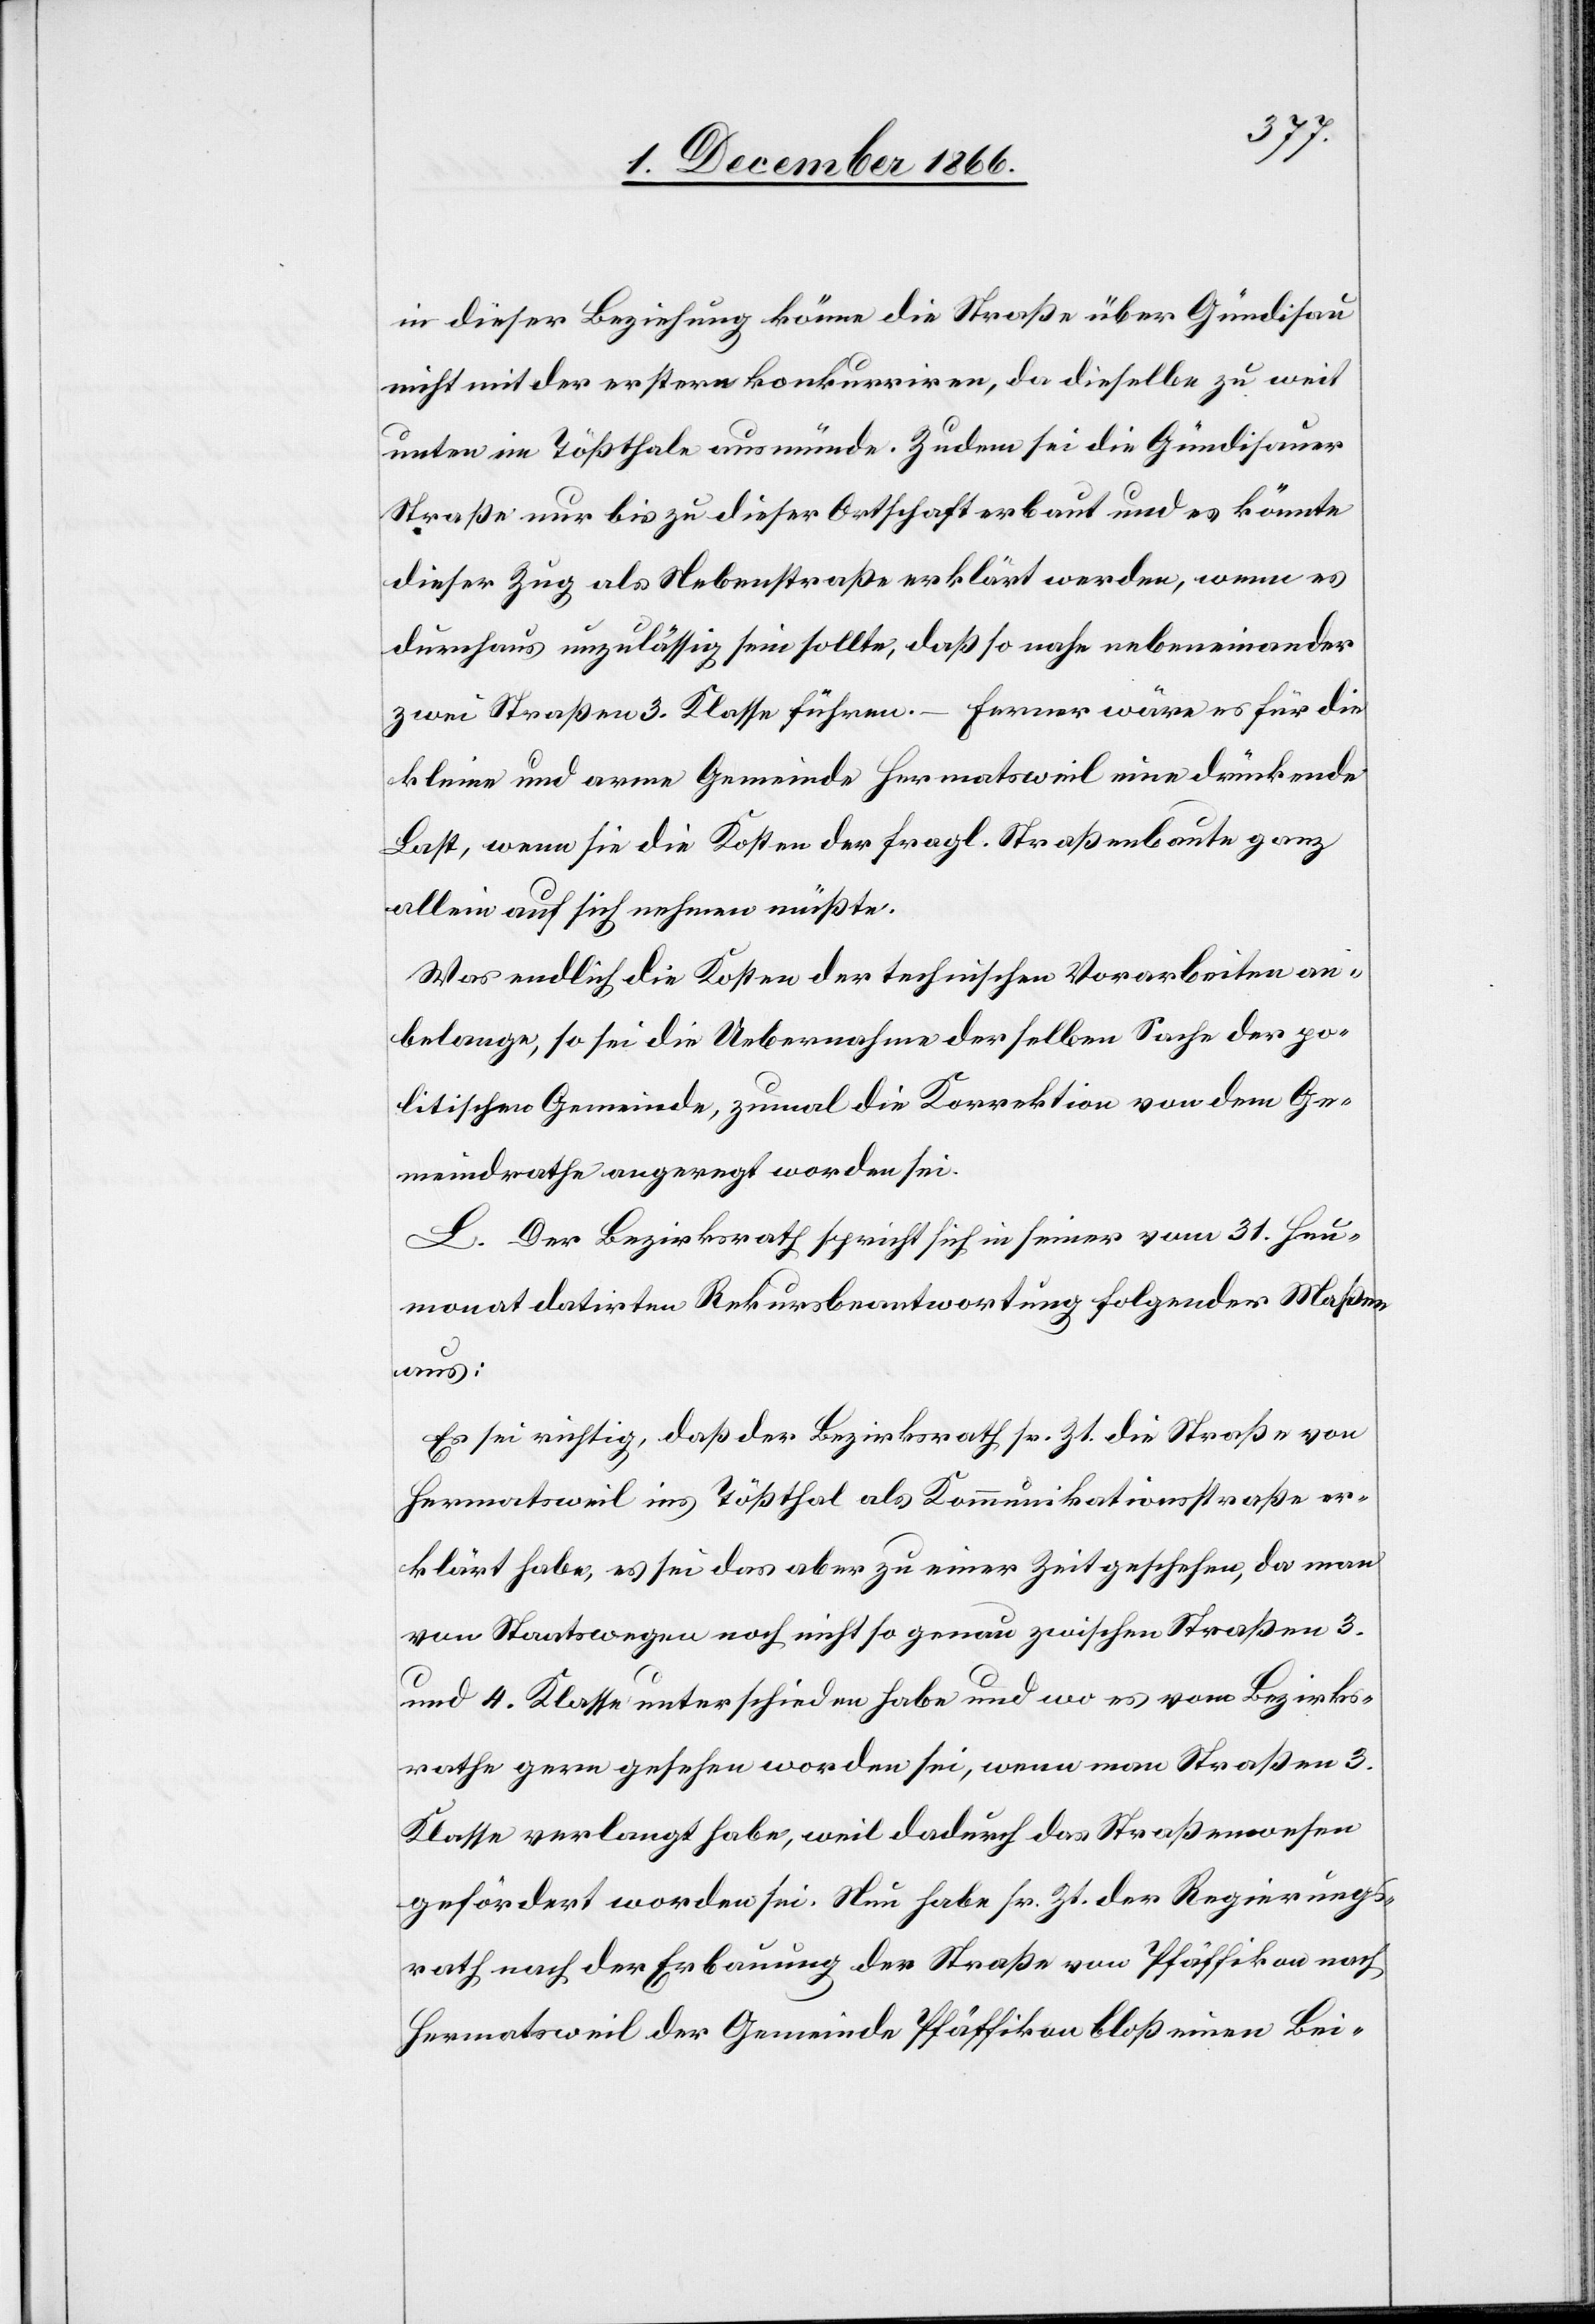
in dieser Beziehung könne die Straße über Gündisau
nicht mit der erstern konkurriren, da dieselbe zu weit
unten im Tößthale ausmünde. Zudem sei die Gündisauer
Straße nur bis zu dieser Ortschaft erbaut und es könnte
dieser Zug als Nebenstraße erklärt werden, wenn es
durchaus unzulässig sein sollte, daß so nahe nebeneinander
zwei Straßen 3. Klasse führen. – Ferner wäre es für die
kleine und arme Gemeinde Hermatsweil eine drückende
Last, wenn sie die Kosten der fragl. Straßenbaute ganz
allein auf sich nehmen müßte.
Was endlich die Kosten der technischen Vorarbeiten an¬
belange, so sei die Uebernahme derselben Sache der po¬
litischen Gemeinde, zumal die Korrektion von dem Ge¬
meindrathe angeregt worden sei.
L. Der Bezirksrath spricht sich in seiner vom 31. Heu¬
monat datirten Rekursbeantwortung folgender Maßen
aus:
Es sei richtig, daß der Bezirksrath sr. Zt. die Straße von
Hermatsweil ins Tößthal als Kommunikationsstraße er¬
klärt habe, es sei das aber zu einer Zeit geschehen, da man
von Staatswegen noch nicht so genau zwischen Straßen 3.
und 4. Klasse unterschieden habe und wo es vom Bezirks¬
rathe gern gesehen worden sei, wenn man Straßen 3.
Klasse verlangt habe, weil dadurch das Straßenwesen
gefördert worden sei. Nun habe sr. Zt. der Regierungs¬
rath nach der Erbauung der Straße von Pfäffikon nach
Hermatsweil der Gemeinde Pfäffikon bloß einen Bei-